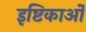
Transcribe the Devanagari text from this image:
इष्टिकाओं